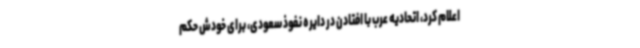
اعلام کرد، اتحادیه عرب با افتادن در دایره نفوذ سعودی، برای خودش حکم